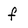
Character: f